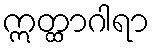
ဣတ္ထာဂါရာ